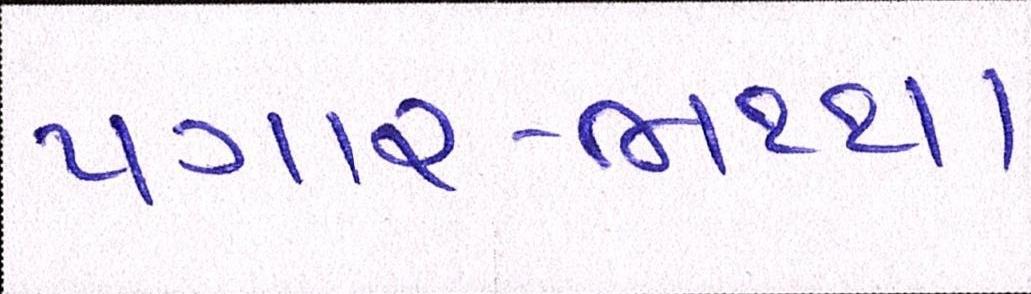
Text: પગાર-ભથ્થા